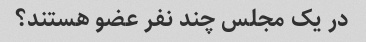
در یک مجلس چند نفر عضو هستند؟